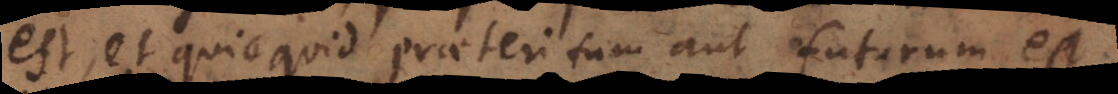
est, et quicquid praeteritum aut futurum est.